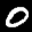
Label: 0